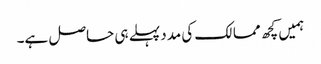
ہمیں کچھ ممالک کی مدد پہلے ہی حاصل ہے۔